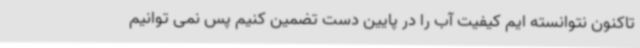
تاکنون نتوانسته ایم کیفیت آب را در پایین دست تضمین کنیم پس نمی توانیم